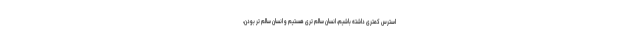
استرس کمتری داشته باشیم، انسان سالم تری هستیم و انسان سالم تر بودن،